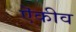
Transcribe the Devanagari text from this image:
ऎकीव